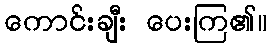
ကောင်းချီး ပေးကြ၏။